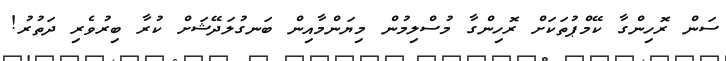
ސަން ރޮހިންގާ ކޭމްޕުތަކަށް ރޮހިންގާ މުސްލިމުން މިޔަންމާއިން ބަނގުލަދޭޝަށް ކުރާ ބިރުވެރި ދަތުރު!